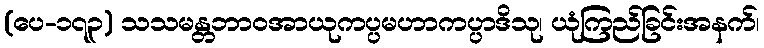
(ပေ-၁၇၃) သသမန္တဘာဝအာယုကပ္ပမဟာကပ္ပာဒိသု၊ ယုံကြည်ခြင်းအနက်၊